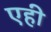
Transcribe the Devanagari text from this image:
एही